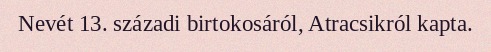
Nevét 13. századi birtokosáról, Atracsikról kapta.